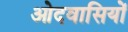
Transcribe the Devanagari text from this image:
ओदवासियों